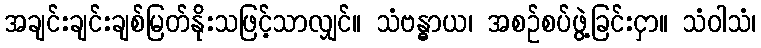
အချင်းချင်းချစ်မြတ်နိုးသဖြင့်သာလျှင်။ သံဗန္ဓာယ၊ အစဉ်စပ်ဖွဲ့ခြင်းငှာ။ သံဝါသံ၊